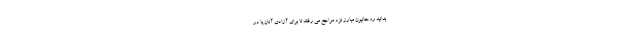
بدانید روحانیون مبارز نزد مراجع می رفتند تا برای آزادی آنان پا در